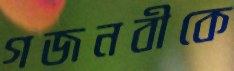
গজনবীকে